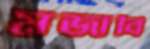
মজাবি